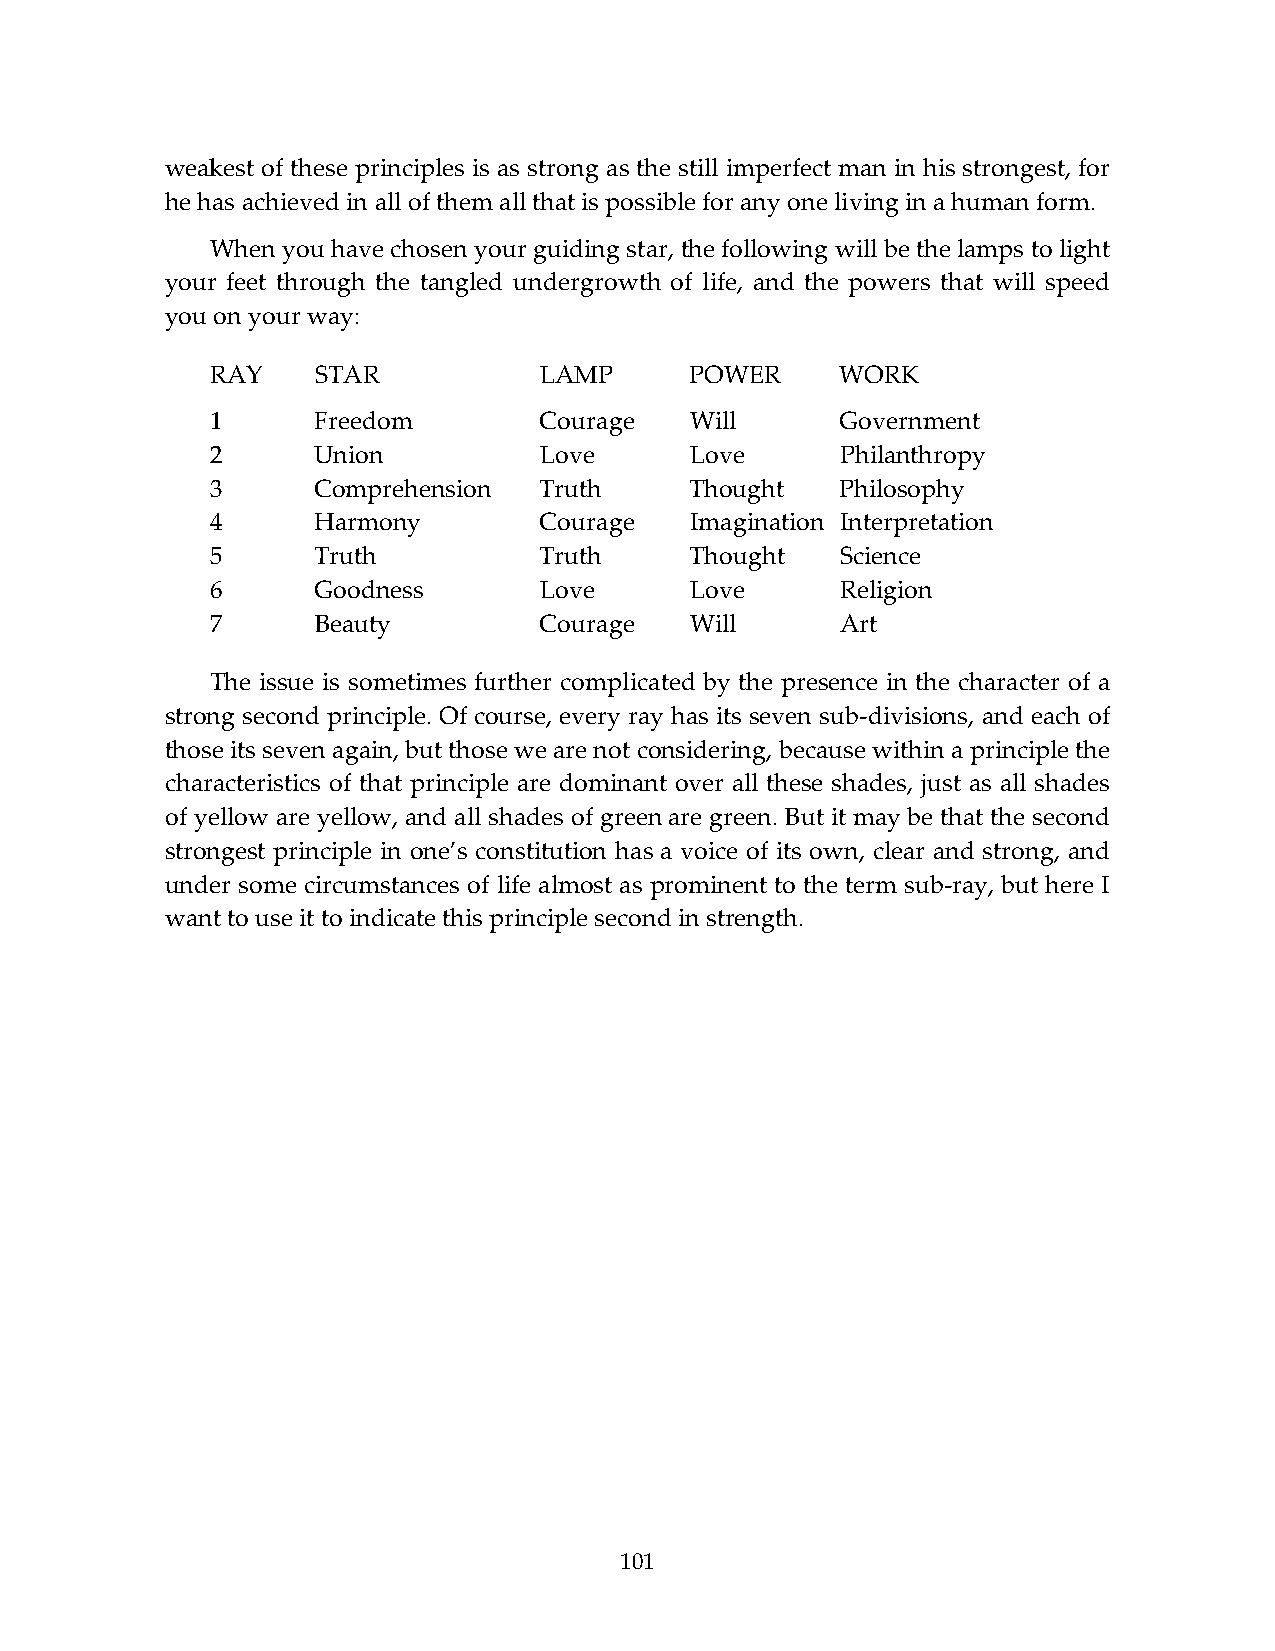
weakest of these principles is as strong as the still imperfect man in his strongest, for
 he has achieved in all of them all that is possible for any one living in a human form.
 When you have chosen your guiding star, the following will be the lamps to light
 your feet through the tangled undergrowth of life, and the powers that will speed
 you on your way:
 RAY    STAR           LAMP      POWER     WORK
 1      Freedom        Courage   Will      Government
 2      Union          Love      Love      Philanthropy
 3      Comprehension  Truth     Thought   Philosophy
 4      Harmony        Courage   Imagination Interpretation
 5      Truth          Truth     Thought   Science
 6      Goodness       Love      Love      Religion
 7      Beauty         Courage   Will      Art
 The issue is sometimes further complicated by the presence in the character of a
 strong second principle. Of course, every ray has its seven sub-divisions, and each of
 those its seven again, but those we are not considering, because within a principle the
 characteristics of that principle are dominant over all these shades, just as all shades
 of yellow are yellow, and all shades of green are green. But it may be that the second
 strongest principle in one’s constitution has a voice of its own, clear and strong, and
 under some circumstances of life almost as prominent to the term sub-ray, but here I
 want to use it to indicate this principle second in strength.
 101